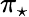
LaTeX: \pi_{\star}